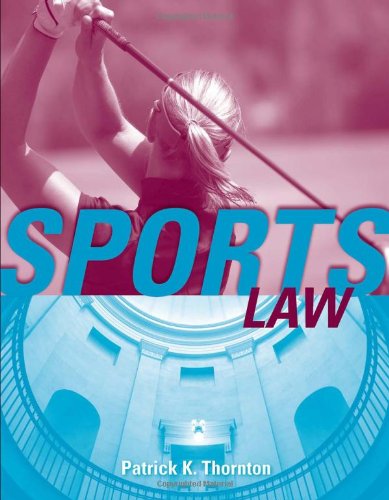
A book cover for Sports Law; Patrick K. Thornton; Law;